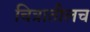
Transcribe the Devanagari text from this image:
चित्रातीलच